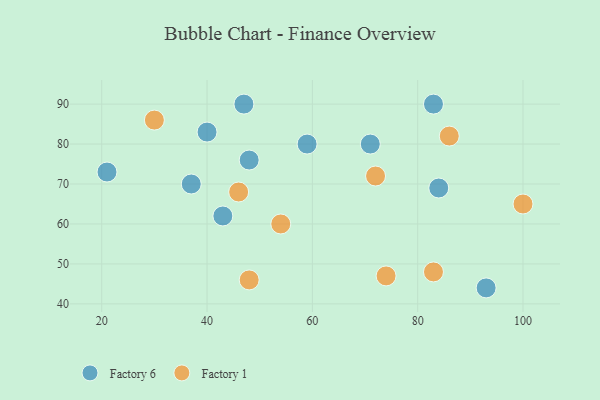
{"axis": {"x": "GDP", "y": "Life Expectancy"}, "legend": ["Factory 1", "Factory 6"], "data": [{"x": "47", "y": 90, "type": "Factory 6"}, {"x": "93", "y": 44, "type": "Factory 6"}, {"x": "48", "y": 76, "type": "Factory 6"}, {"x": "84", "y": 69, "type": "Factory 6"}, {"x": "21", "y": 73, "type": "Factory 6"}, {"x": "59", "y": 80, "type": "Factory 6"}, {"x": "83", "y": 90, "type": "Factory 6"}, {"x": "43", "y": 62, "type": "Factory 6"}, {"x": "71", "y": 80, "type": "Factory 6"}, {"x": "40", "y": 83, "type": "Factory 6"}, {"x": "37", "y": 70, "type": "Factory 6"}, {"x": "54", "y": 60, "type": "Factory 1"}, {"x": "72", "y": 72, "type": "Factory 1"}, {"x": "46", "y": 68, "type": "Factory 1"}, {"x": "30", "y": 86, "type": "Factory 1"}, {"x": "100", "y": 65, "type": "Factory 1"}, {"x": "74", "y": 47, "type": "Factory 1"}, {"x": "83", "y": 48, "type": "Factory 1"}, {"x": "86", "y": 82, "type": "Factory 1"}, {"x": "48", "y": 46, "type": "Factory 1"}]}